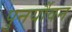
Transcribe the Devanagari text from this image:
पुनर्यौवन